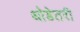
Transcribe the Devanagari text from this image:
थोडेतरी